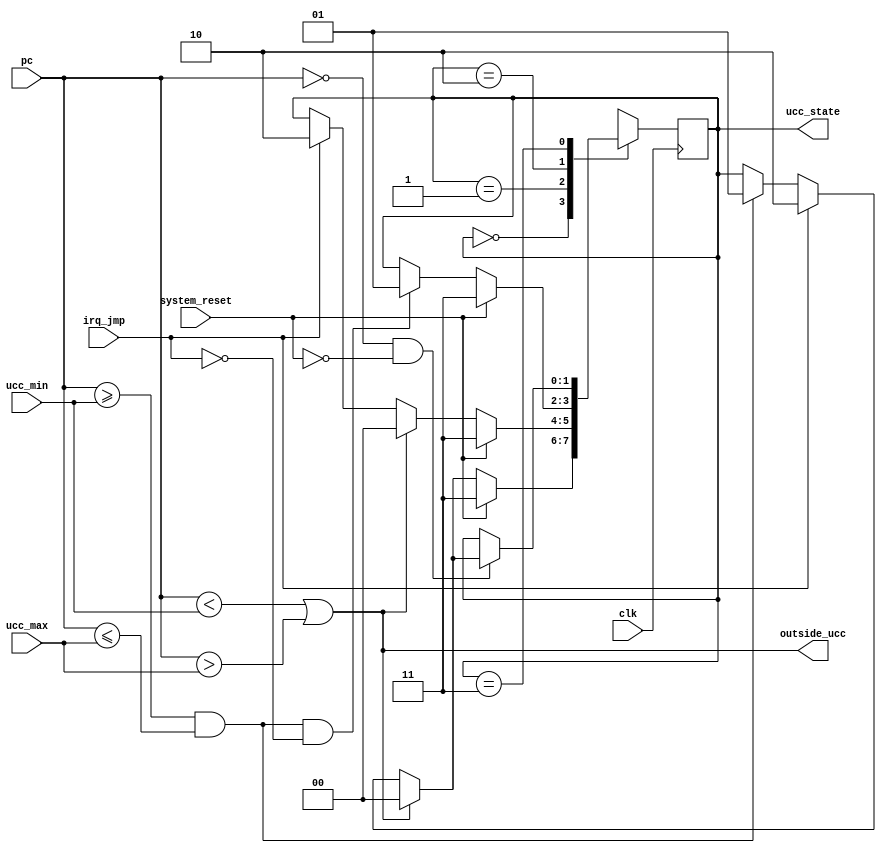
module UCCA_state (
// INPUT ////////////////////////////////
    clk,
    pc,
    ucc_min,
    ucc_max,
    irq_jmp,
    system_reset,
    
// OUTPUT //////////////////////////////
    ucc_state,
    outside_ucc
);

input        clk;
input [15:0] pc;
input [15:0] ucc_min;
input [15:0] ucc_max;
input        irq_jmp;
input        system_reset;

output [1:0] ucc_state;
output       outside_ucc;

// FSM States //////////////////////////
parameter notUCC = 2'b00;
parameter inUCC = 2'b01;
parameter IRQ = 2'b10;
parameter RST = 2'b11;
///////////////////////////////////////
parameter RESET_HANDLER = 16'h0000;

reg [1:0] state;

initial 
begin
    state = RST;
end

wire in_ucc = (pc >= ucc_min) && (pc <= ucc_max);
wire outside_ucc = (pc < ucc_min) || (pc > ucc_max);

always @(posedge clk)
begin
    case (state)
        notUCC:
            if (system_reset)
                state <= RST;
            else if (outside_ucc)
                state <= notUCC;
            else if (irq_jmp)
                state <= IRQ;
            else if (in_ucc)
                state <= inUCC;
            else                  // If we get here something has gone terribly wrong
                state <= state;
                    
        inUCC:
            if (system_reset)
                state <= RST;
            else if (outside_ucc)
                state <= notUCC;
            else if (irq_jmp)
                state <= IRQ;
            else
                state <= state;
                
        IRQ:
            if (system_reset) 
                state <= RST;
            else if (in_ucc && !irq_jmp)
                state <= inUCC;
            else
                state <= state;
                     
        RST:
            if (pc == RESET_HANDLER && ! system_reset)
            begin
                if (outside_ucc)
                    state <= notUCC;
                else if (irq_jmp) 
                    state <= IRQ;
                else if (in_ucc)
                    state <= inUCC;
                else
                    state <= state;
            end
            else
                state <= state;
    endcase
end

assign ucc_state = state;

endmodule